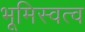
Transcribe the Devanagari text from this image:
भूमिस्वत्व